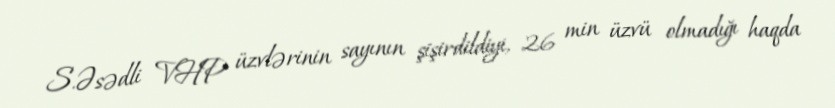
S.Əsədli VHP üzvlərinin sayının şişirdildiyi, 26 min üzvü olmadığı haqda